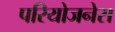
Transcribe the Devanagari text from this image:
परियोजनेस